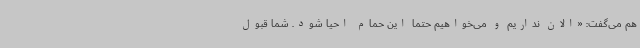
هم می‌گفت: «الان نداریم و می‌خواهیم حتماً این حمام احیا شود. شما قبول